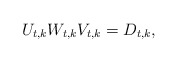
\begin{align*}U_{t,k}W_{t,k}V_{t,k}= D_{t,k},\end{align*}